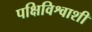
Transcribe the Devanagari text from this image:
पक्षिविश्वाशी